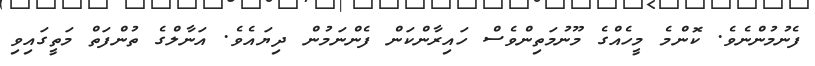
ފެނުމުންނެވެ. ކޮންމެ މީހެއްގެ މޫނުމަތިންވެސް ހައިރާންކަން ފެންނަމުން ދިޔައެވެ. އަނާލްގެ ތުންފަތް މަތީގައިވި